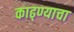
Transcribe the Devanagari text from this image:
काढ्ण्याचा